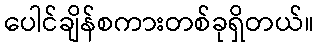
ပေါင်ချိန်စကားတစ်ခုရှိတယ်။